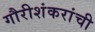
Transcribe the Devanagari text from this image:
गौरीशंकरांची